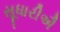
સૂધારીઐ